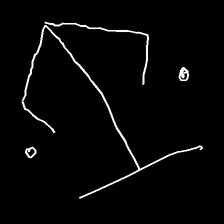
Glyph: earth